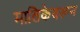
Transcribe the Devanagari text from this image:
मालिकेवरून